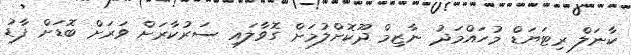
ކާނަލް ރިޓަޔަޑް މުހައްމަދު ނާޒިމް ދޫކޮށްލުމަށް ގޮވާލައި ސަރުކާރަށް ވަރަށް ބޮޑަށް ފާޑު